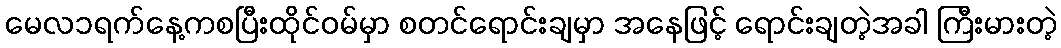
မေလ၁ရက်နေ့ကစပြီးထိုင်ဝမ်မှာ စတင်ရောင်းချမှာ အနေဖြင့် ရောင်းချတဲ့အခါ ကြီးမားတဲ့